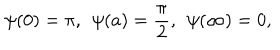
\psi ( 0 ) = \pi , \, \; \psi ( a ) = \frac { \pi } { 2 } , \, \; \psi ( \infty ) = 0 ,